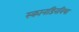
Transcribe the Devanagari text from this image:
स्कानडिनविया